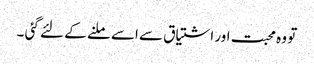
تو وہ محبت اور اشتیاق سے اسے ملنے کے لئے گئی ۔